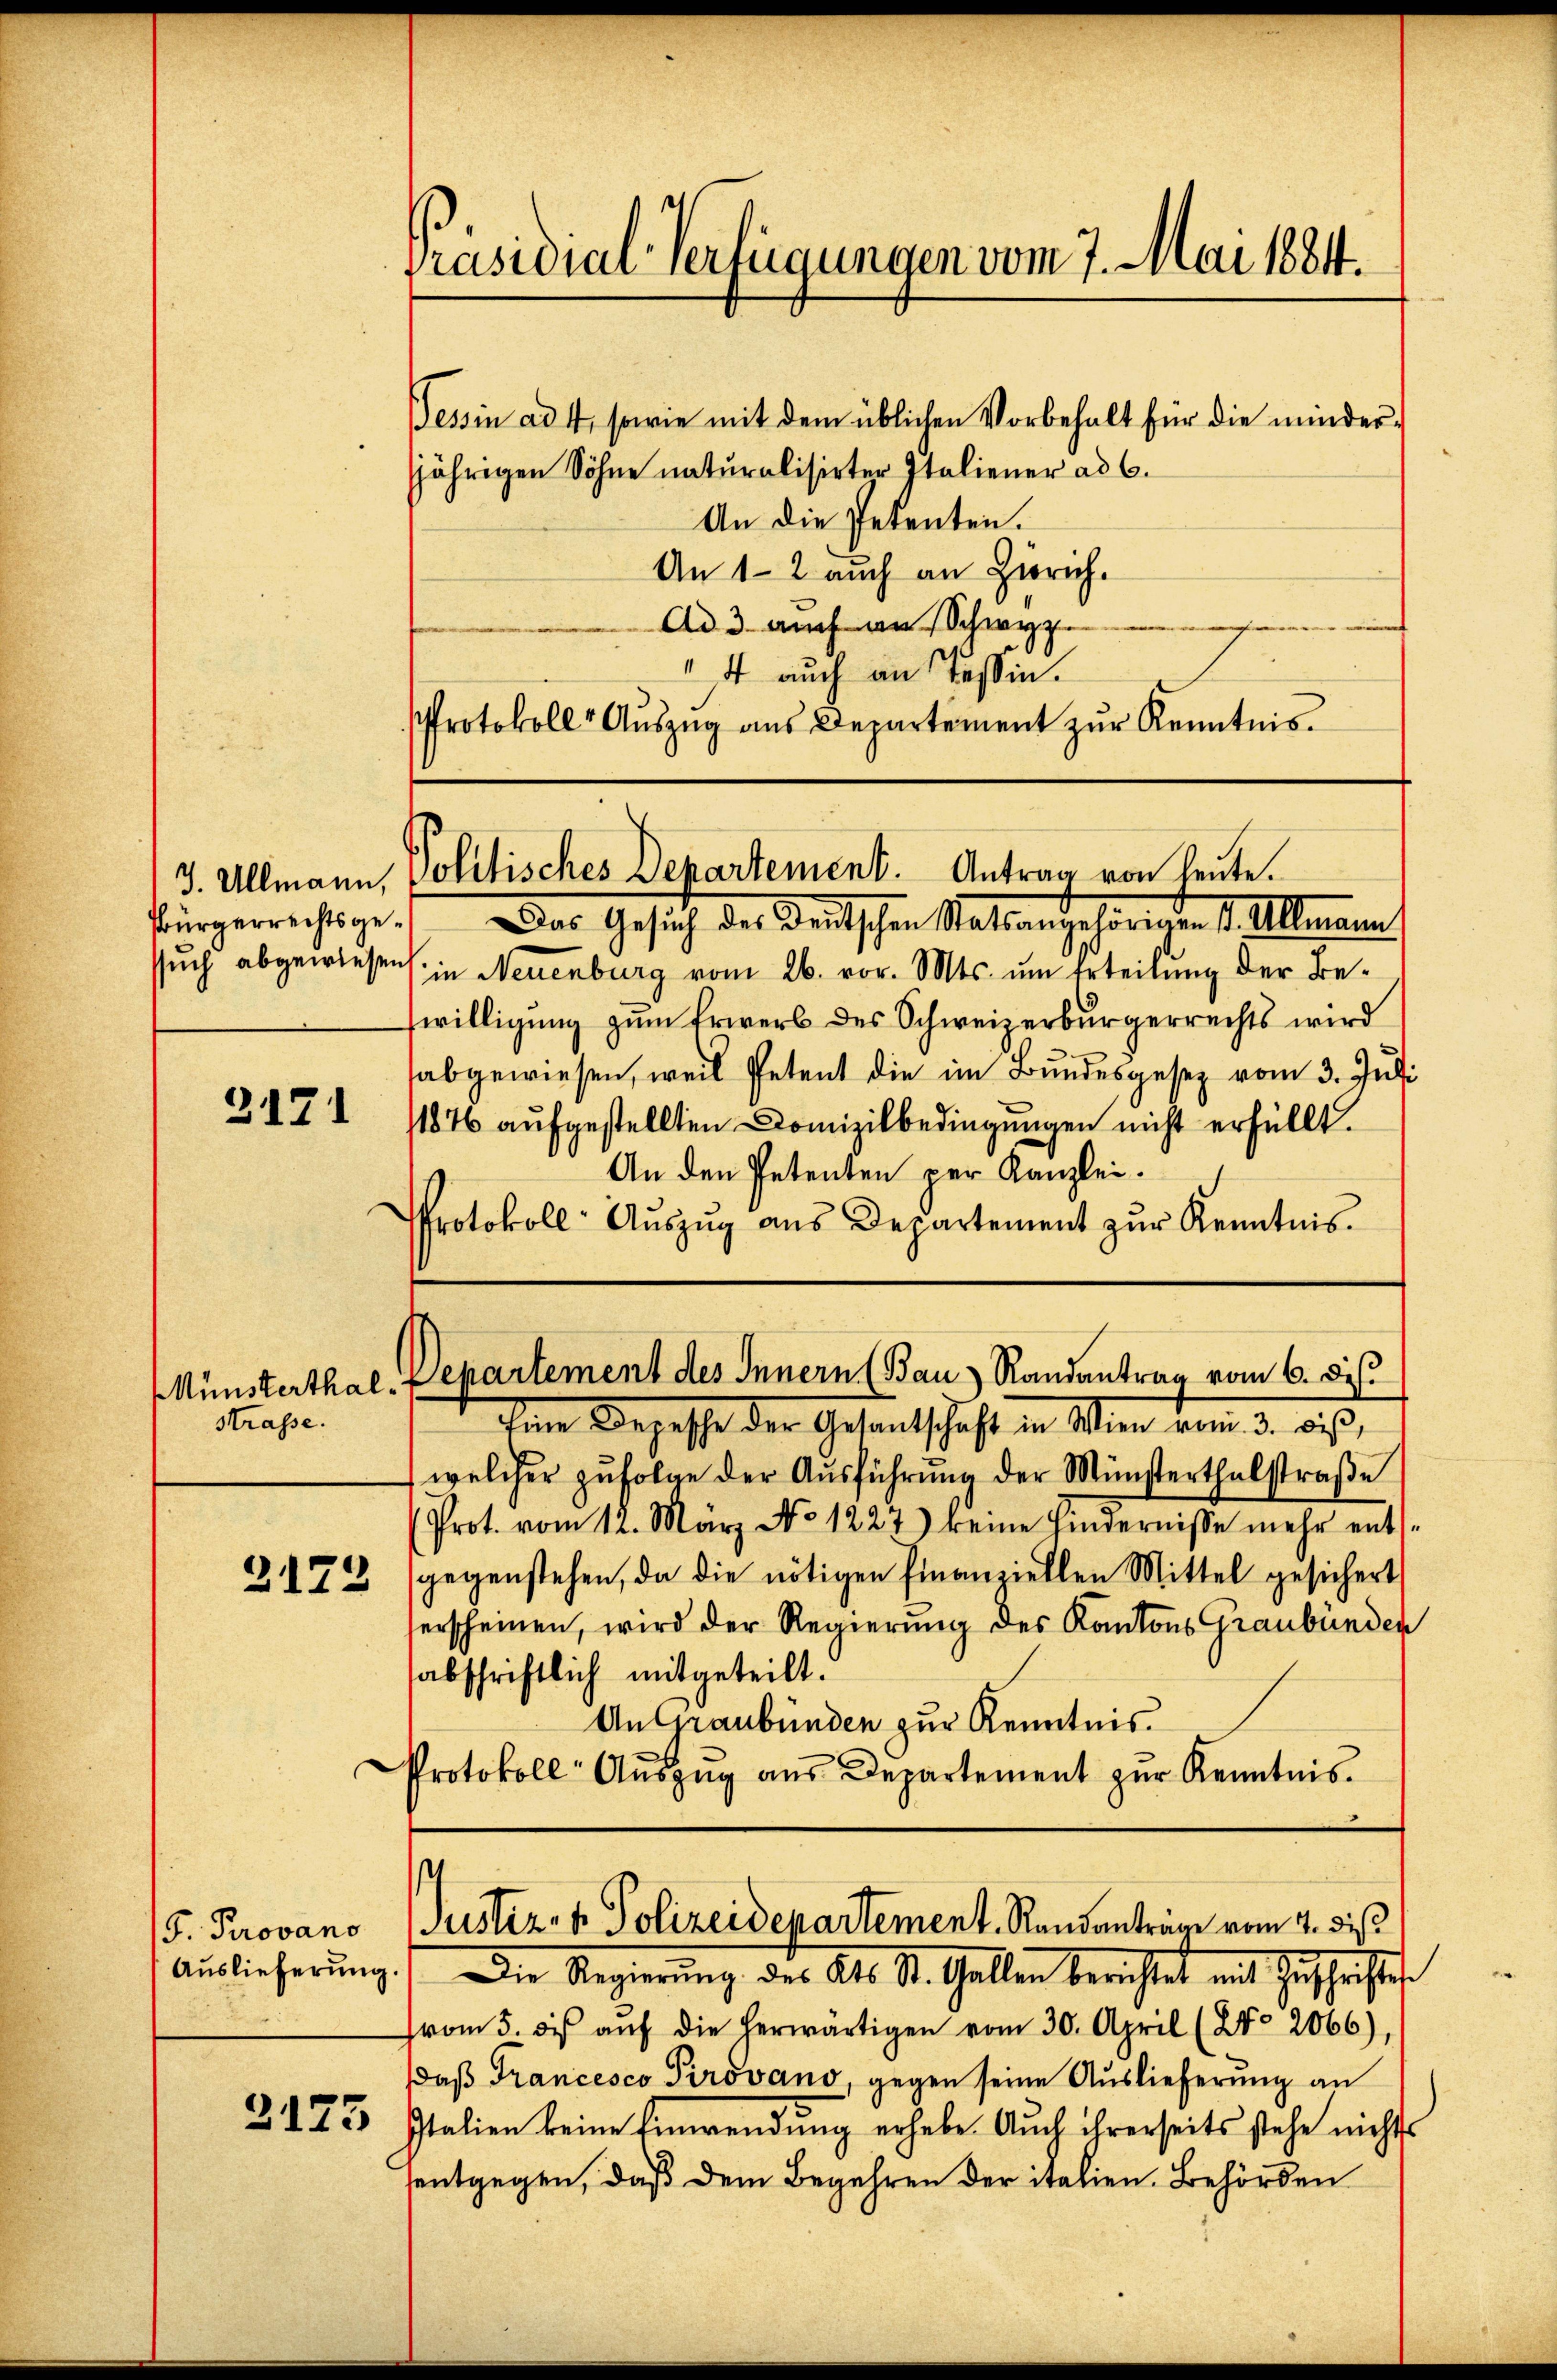
Bürgerrechtsge¬

3171

Strasse.

F. Provano

3175

Präsidial-Verfügungen vom 7. Mai 1884.

3. Allmann, Politisches Departement. Antrag von heute.

Das Gesuch des Kritischen Mattengehörichen 1. Alemann.
sŭch abgewiesen in Neuenburg vom 26. vor. Mts. ŭm Erteilŭng der Be-
willigung zum Erwerb des Schweizerbürgerrechts wird
abgewiesen, weil Petent die im Bundesgesetz vom 3. Juli
1876 aufgestellten Domizilbedingungen nicht erfüllt.
An den Petenten per Kanzlei.
Protokoll- Aŭszŭg ans Departement zŭr Kenntnis

Münsterthal, Departement des Innern (Bau) Randantrag vom 6. Di

Tessin ad 1, sowie mit dem üblichen Vorbehalt für die minderjährigen Söhne naturalisirter Italiener ad 6.
An die Petenten.
An 1-2 auch an Zürich.
Ad 3 auch an Schwyz
f auch an Tessin.
Protokolle Auszug aus Departement zur Kenntnis¬

Von Wegesse der Gesandtschaft in Wien vom 3. bis,
welcher zŭfolge der Aŭsführŭng der Münsterthalstraβe
Prot. vom 12. März No. 1227) keine Hindernisse mehr ents¬
3172 gegenstehen, da die nötigen Finanziellen Mittel gesichert
erscheinen, wird der Regierung des Kantons Graubünder
sabschriftlich mitgeteilt.
An Graubünden zur Kenntnis.
Protokoll Aŭszŭg aŭs Departement zŭr Kenntnis.

Justiz- & Polizeidepartement. Randanträge vom 4. di

Auslieferŭng. Die Regierŭng des Kts. St. Gallen berichtet mit Zuschriftes
vom 5. des aŭf die herwärtigen vom 30. April (25. 2066)
daß Francesco Pirovano, gegen seine Auslieferung an
Italien keine Einwendung erhebe. Auch ihrerseits stehe nichts
entgegen, daß dem Begehren der italien. Behörden